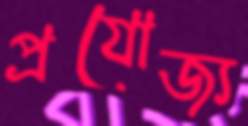
প্রযোজ্য